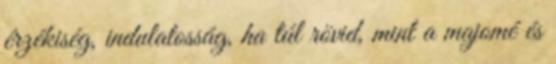
érzékiség, indulatosság, ha túl rövid, mint a majomé és